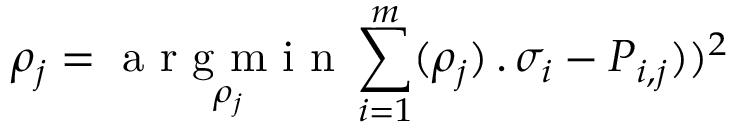
\rho _ { j } = { \underset { \rho _ { j } } { \mathrm { ~ a ~ r ~ g ~ m ~ i ~ n ~ } } } \sum _ { i = 1 } ^ { m } ( { \rho _ { j } ) } \, . \, { \sigma _ { i } } - P _ { i , j } ) ) ^ { 2 }